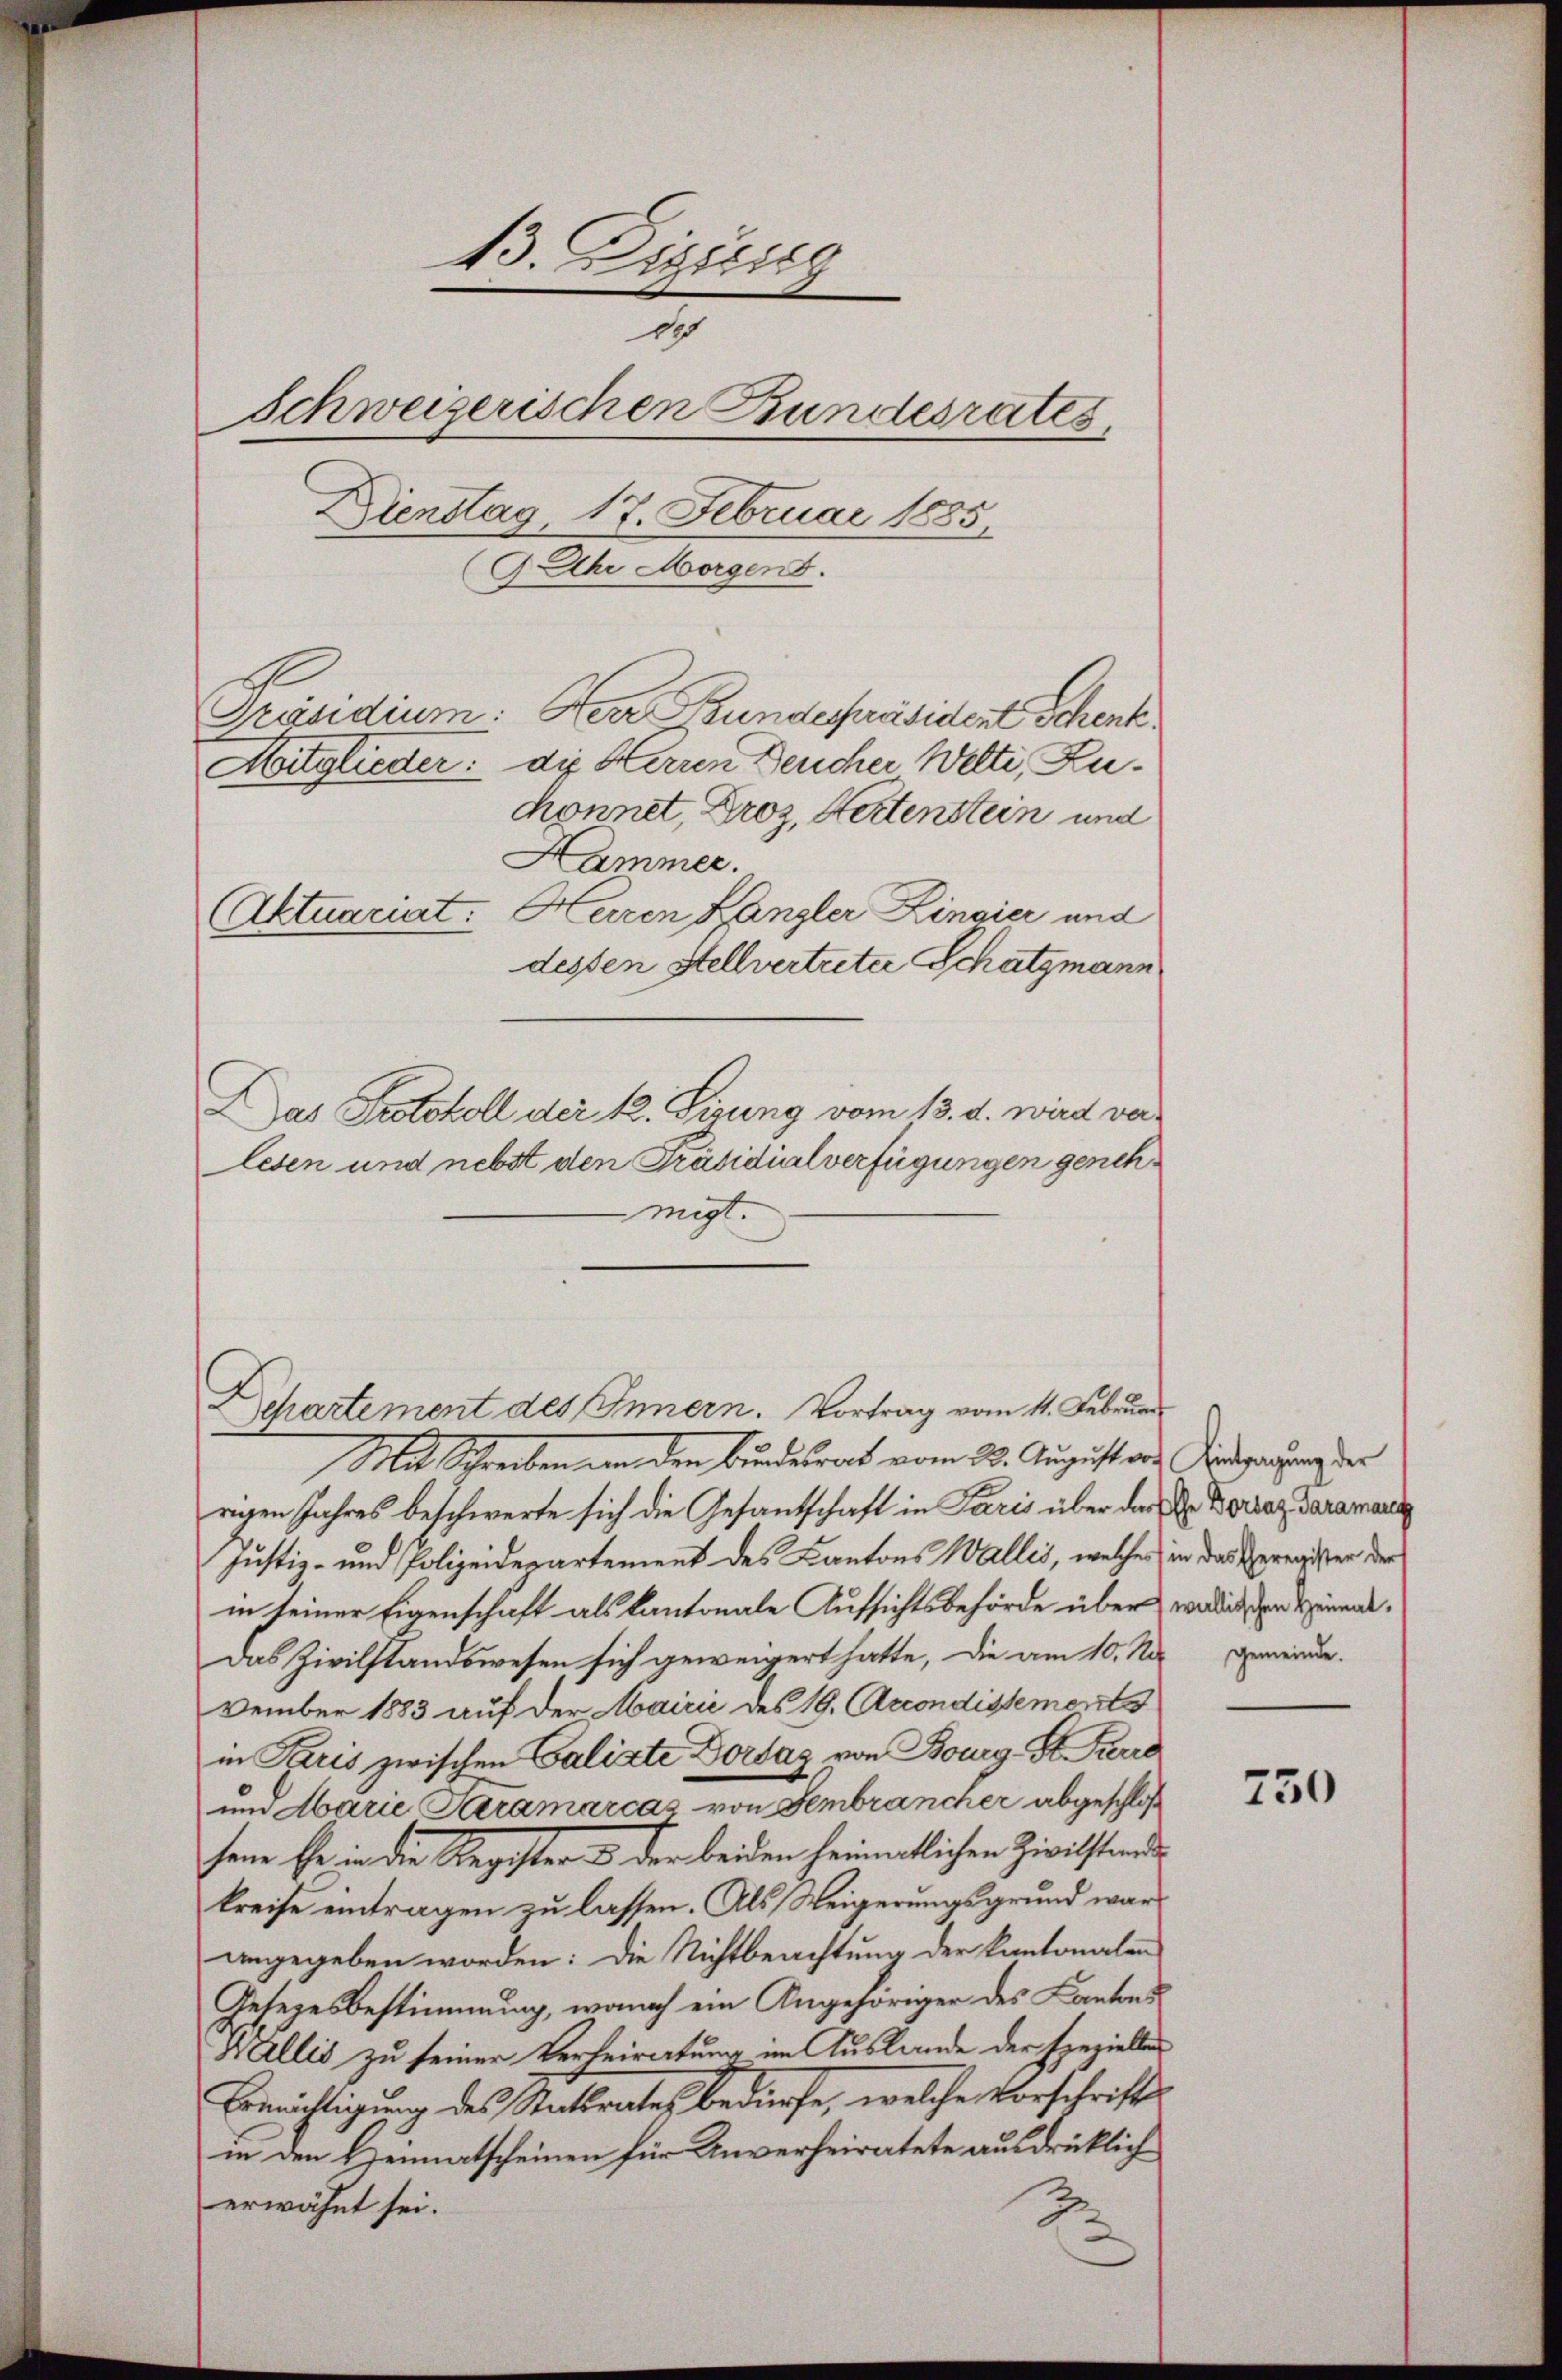
13. Dizili
dch
Schweizerischen Bundesrates.
Dienstag 17. Februar 1885.
9. Uhr Morgens.

chonnet, Droz, Hertenstein und
Das Protokoll der k. Sirung vom 13. d. wird verlesen und nebst den Präsidialverfügungen genehmigt.
Dchartement des Innern. Vortrag vom 11. Februar
Mit Streben an den Bundesrat vom 23. August au
regen Jahres beschwerte sich die Gesandschaft in Paris über das Dr. Borraz Taramann
Justiz- und Polizeidepartement des Kantons Wallis, welches in das Zeregister der
in seiner Eigenschaft als Kantonale Aufsichtsbehörde über welchen Heimat¬
Das Zivilstandswesen sich geweigert hatte, die am 10. Na gemeinde.
vember 1883 auf der Mairić des 19. Accondissements
in Kreis zwischen Calixte Dorsaz von Bourg, G. Furre
und Marie Saramarcaz von Fembrancher abgeschloß
sene Ehe in die Register & der beiden heimatlichen Zivilstern
kreise eintragen zu lassen. Als Weigerungsgrund war
angegeben worden: Die Nichtbeachtung der Kantonalen
Gesetzesbestimmung, wonach ein Angehöriger des Kantons
Wallis zu seiner Verheiratung im Auslande der speziellen
Berichtigung des Stadtrates bedürfe, welche Vorschrifts
in den Heimatscheinen für Unverheiratete ausdrücklich
erwähnt sei.
2

Präsidium: Herr undespräsident Schenk
Mitglieder: die Herren Deucher Welti, Zu¬

Hammer.
(Aktuariat. Herren Hangler Lingier und
dessen Stellvertreter Schatzmann

Eintragung der

750